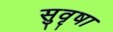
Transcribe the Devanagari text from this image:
सुवृषा